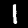
Digit: 1